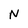
Character: N